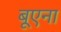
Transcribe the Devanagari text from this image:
बूएना